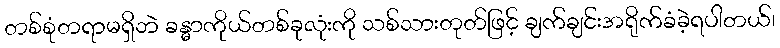
တစ်စုံတရာမရှိဘဲ ခန္ဓာကိုယ်တစ်ခုလုံးကို သစ်သားတုတ်ဖြင့် ချက်ချင်းအရိုက်ခံခဲ့ရပါတယ်၊